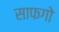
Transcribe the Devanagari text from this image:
साफगो